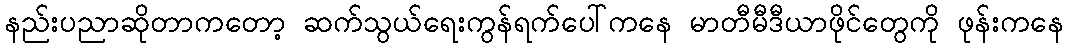
နည်းပညာဆိုတာကတော့ ဆက်သွယ်ရေးကွန်ရက်ပေါ်ကနေ မာတီမီဒီယာဖိုင်တွေကို ဖုန်းကနေ